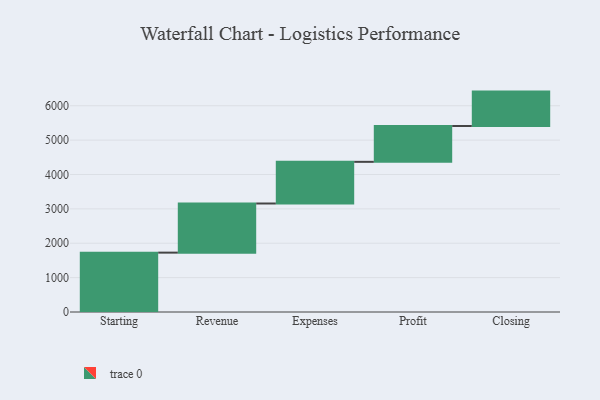
{"axis": {"x": "Step", "y": "Value"}, "legend": [""], "data": [{"x": "Starting", "y": 1727.0, "type": ""}, {"x": "Revenue", "y": 1429.0, "type": ""}, {"x": "Expenses", "y": 1212.0, "type": ""}, {"x": "Profit", "y": 1043.0, "type": ""}, {"x": "Closing", "y": 1000, "type": ""}]}